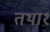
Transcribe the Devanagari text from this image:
तथा१